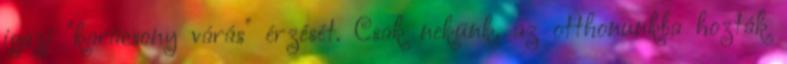
igazi "karácsony várás" érzését. Csak nekünk, az otthonunkba hozták